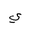
Letter: _ya